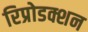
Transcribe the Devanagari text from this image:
रिप्रोडक्शन